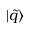
| \tilde { q } \rangle